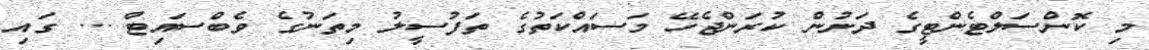
މި ކޮންސަލްޓެންޓީގެ ދަށުން ކުރަންޖެހޭ މަސައްކަތުގެ ތަފުސީލު މިތަނުގެ ވެބްސައިޓް ... ގައި